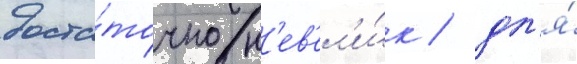
доста́точно н'ев'ел'и́к / дл'я́